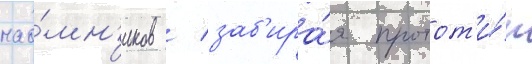
нао́мн'иков / заб'ира́я протот'и́п